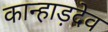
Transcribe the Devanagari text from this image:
कान्हाड़देव